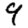
Digit: 9